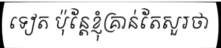
ទៀត ប៉ុន្តែខ្ញុំគ្រាន់តែសួរថា